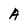
Character: A